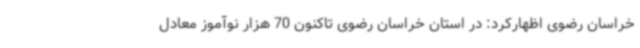
خراسان رضوی اظهارکرد: در استان خراسان رضوی تاکنون 70 هزار نوآموز معادل